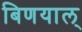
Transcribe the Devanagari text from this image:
बिणयाल्